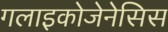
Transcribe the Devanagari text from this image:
गलाइकोजेनेसिस